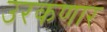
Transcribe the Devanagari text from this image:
उरकणार